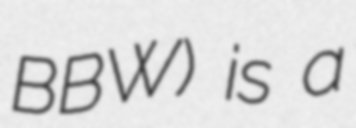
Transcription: BBW) is a